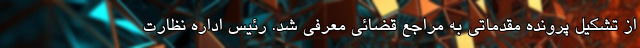
از تشکیل پرونده مقدماتی به مراجع قضائی معرفی شد. رئیس اداره نظارت